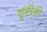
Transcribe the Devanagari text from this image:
दृष्टीशी